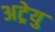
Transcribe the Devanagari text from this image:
अट्रेयु